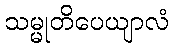
သမ္မုတိပေယျာလံ